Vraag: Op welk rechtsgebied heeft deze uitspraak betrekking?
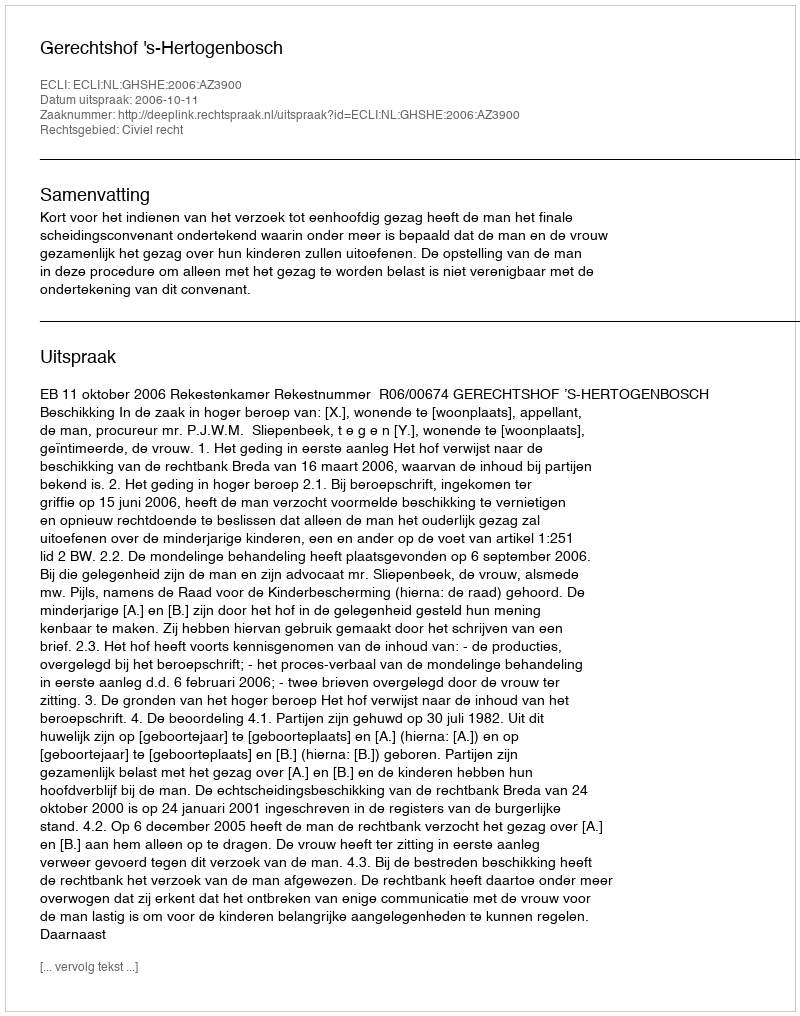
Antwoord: Civiel recht